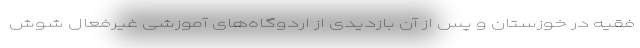
فقیه در خوزستان و پس از آن بازدیدی از اردوگاه‌های آموزشی غیرفعال شوش